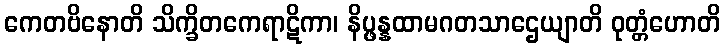
ကေတဗိနောတိ သိက္ခိတကေရာဋိကာ၊ နိပ္ဖန္နထာမဂတသာဌေယျာတိ ဝုတ္တံဟောတိ